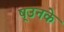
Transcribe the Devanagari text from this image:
ष्उनके